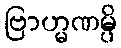
ဗြာဟ္မဏမ္ပိ